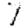
Digit: 7